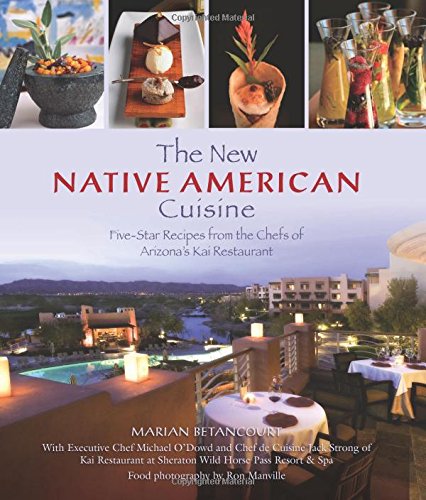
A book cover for New Native American Cuisine: Five-Star Recipes From The Chefs Of Arizona's Kai Restaurant; Marian Betancourt; Cookbooks, Food & Wine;